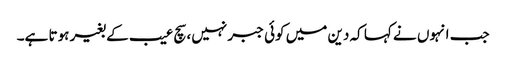
جب انہوں نے کہا کہ دین میں کوئی جبر نہیں، سچ عیب کے بغیر ہوتا ہے۔